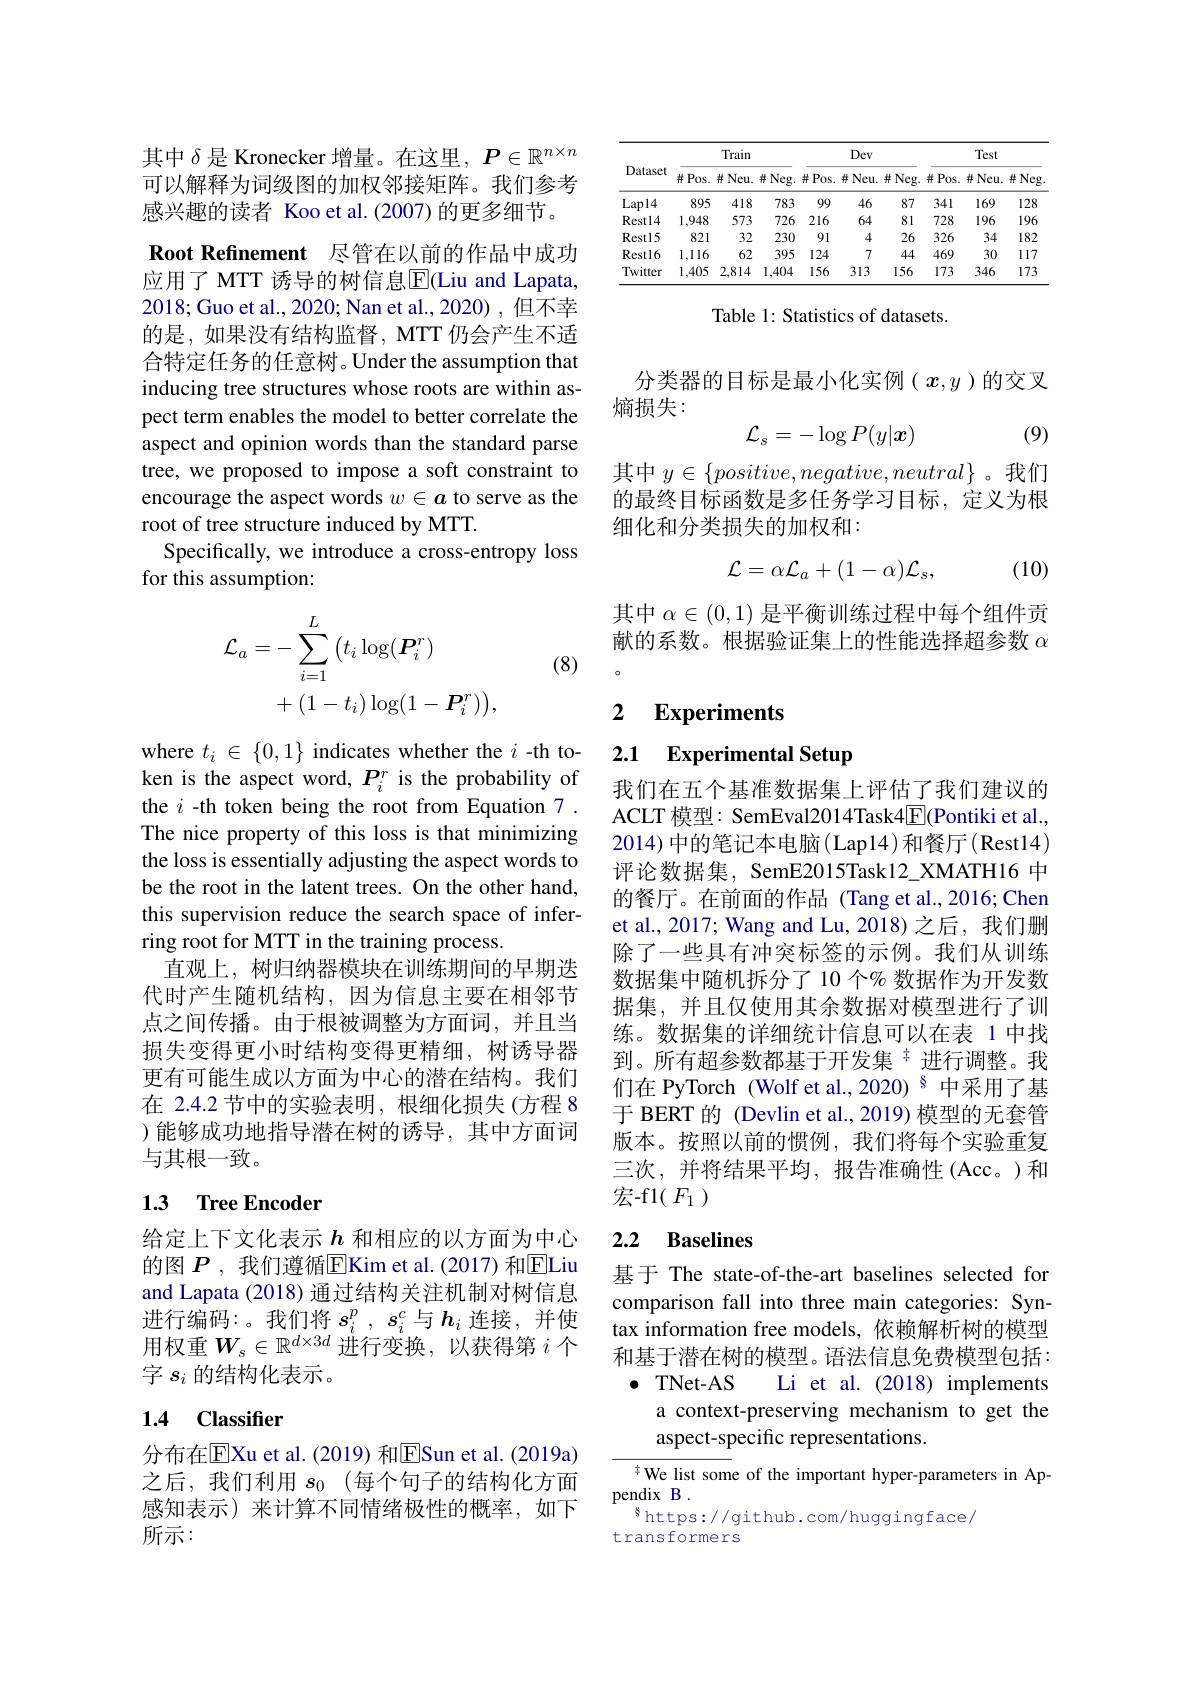
其中$\delta$是 Kronecker 增量。在这里，$P\in\mathbb{R}^{n\times n}$ 可以解释为词级图的加权邻接矩阵。我们参考感兴趣的读者 Koo et al.(2007) 的更多细节。

Root Refinement 尽管在以前的作品中成功应用了 MTT 诱导的树信息$\overline{\mathrm{E}}$(Liu and Lapata,

2018;Guo et al., 2020; Nan et al., 2020) , 但不幸的是，如果没有结构监督，MTT 仍会产生不适合特定任务的任意树。Under the assumption that inducing tree structures whose roots are within aspect term enables the model to better correlate the aspect and opinion words than the standard parse tree, we proposed to impose a soft constraint to encourage the aspect words $w\in\boldsymbol{a}$ to serve as the root of tree structure induced by MTT.
Specifically, we introduce a cross-entropy loss
for this assumption:

(8)
$$\begin{aligned}\mathcal{L}_{a}&=-\sum_{i=1}^{L}\big(t_{i}\log(\boldsymbol{P}_{i}^{r})\\&+(1-t_{i})\log(1-\boldsymbol{P}_{i}^{r})\big),\end{aligned}$$
where $t_i\in\{0,1\}$ indicates whether the $i$ -th token is the aspect word, $P_i^r$ is the probability of the $i$ -th token being the root from Equation 7 . The nice property of this loss is that minimizing the loss is essentially adjusting the aspect words to be the root in the latent trees. On the other hand, this supervision reduce the search space of inferring root for MTT in the training process.
直观上，树归纳器模块在训练期间的早期迭代时产生随机结构，因为信息主要在相邻节点之间传播。由于根被调整为方面词，并且当损失变得更小时结构变得更精细，树诱导器更有可能生成以方面为中心的潜在结构。我们在 2.4.2 节中的实验表明，根细化损失(方程 8 )能够成功地指导潜在树的诱导，其中方面词与其根一致。

## 1.3 Tree Encoder

给定上下文化表示$\underline h$ 和相应的以方面为中心的图 $P$ ,我们遵循$\overline{\mathrm{E}}$Kim et al.(2017) 和$\overline{\mathrm{E}}$Liu and Lapata (2018) 通过结构关注机制对树信息进行编码：。我们将$s_i^p,s_i^c$与$h_i$连接，并使用权重$W_s\in\mathbb{R}^d\times3d$进行变换，以获得第$i$个字$s_i$的结构化表示。

## 1.4 Classifier

分布在$\overline{\mathrm{E}}$Xu et al.(2019) 和$\overline{\mathrm{E}}$Sun et al.(2019a) 之后，我们利用$s_0$ (每个句子的结构化方面感知表示)来计算不同情绪极性的概率，如下所示：

<table>
	<tbody>
		<tr>
			<th rowspan="2">Dataset</th>
			<th colspan="3">Train</th>
			<th colspan="3">Dev</th>
			<th colspan="3">Test</th>
		</tr>
		<tr>
			<th>$\#Pos.$</th>
			<th>$\#Neu.$</th>
			<th>$\#$Neg.</th>
			<th>$\#Pos.$</th>
			<th>$\#Neu.$</th>
			<th>$\#$Neg.</th>
			<th>$\#Pos.$</th>
			<th>$\#Neu.$</th>
			<th>并 Neg</th>
		</tr>
		<tr>
			<td>$Lap14$</td>
			<td>895</td>
			<td>418</td>
			<td>783</td>
			<td>99</td>
			<td>46</td>
			<td>87</td>
			<td>341</td>
			<td>169</td>
			<td>128</td>
		</tr>
		<tr>
			<td>Restl4</td>
			<td>1,948</td>
			<td>573</td>
			<td>726</td>
			<td>216</td>
			<td>64</td>
			<td>81</td>
			<td>728</td>
			<td>196</td>
			<td>196</td>
		</tr>
		<tr>
			<td>Restl5</td>
			<td>821</td>
			<td>32</td>
			<td>230</td>
			<td>91</td>
			<td>4</td>
			<td>26</td>
			<td>326</td>
			<td>34</td>
			<td>182</td>
		</tr>
		<tr>
			<td>Restl6</td>
			<td>1,116 </td>
			<td>62</td>
			<td>395</td>
			<td>124</td>
			<td>7</td>
			<td>44</td>
			<td>469</td>
			<td>30</td>
			<td>117</td>
		</tr>
		<tr>
			<td>Twitter</td>
			<td>1,405</td>
			<td>2,814</td>
			<td>1,404</td>
			<td>156</td>
			<td>313</td>
			<td>156</td>
			<td>173</td>
			<td>346</td>
			<td>173</td>
		</tr>
	</tbody>
</table>

Table 1: Statistics of datasets.

分类器的目标是最小化实例($x,y$)的交叉
熵损失：
$$\mathcal{L}_s=-\log P(y|\boldsymbol{x})$$
(9)

其中$y\in\{positive,negative,neutral\}$ 。我们的最终目标函数是多任务学习目标，定义为根细化和分类损失的加权和：
$$\mathcal{L}=\alpha\mathcal{L}_a+(1-\alpha)\mathcal{L}_s,$$
(10)

其中$\alpha\in(0,1)$是平衡训练过程中每个组件贡献的系数。根据验证集上的性能选择超参数$\alpha$

# 2 Experiments

# 2.1 Experimental Setup

我们在五个基准数据集上评估了我们建议的ACLT 模型：SemEval2014Task4$\underline{\mathrm{E}}($Pontiki et al. 2014)中的笔记本电脑(Lap14)和餐厅(Rest14) 评论数据集，SemE2015Task12\_XMATH16 中的餐厅。在前面的作品(Tang et al.,2016; Chen et al., 2017; Wang and Lu, 2018) 之后，我们删除了一些具有冲突标签的示例。我们从训练数据集中随机拆分了 10 个% 数据作为开发数据集，并且仅使用其余数据对模型进行了训练。数据集的详细统计信息可以在表 1 中找到。所有超参数都基于开发集 丰 进行调整。我们在 PyTorch (Wolf et al.,2020)$^{8}$中采用了基于 BERT 的 (Devlin et al., 2019) 模型的无套管版本。按照以前的惯例，我们将每个实验重复三次，并将结果平均，报告准确性(Acc。)和宏-f1( $F_1)$

## 2.2 Baselines

基于 The state-of-the-art baselines selected for comparison fall into three main categories: Syntax information free models, 依赖解析树的模型和基于潜在树的模型。语法信息免费模型包括： $\bullet$ TNet-AS Li et al.(2018) implements
a context-preserving mechanism to get the
aspect-specific representations.
${\frac{4}{\text{We list som}}}$e of the important hyper-parameters in Ap-
pendix B .
$^{\mathrm{s}}$https://github.com/huggingface/
transformers